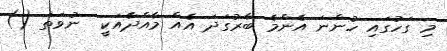
މި ގަހުގައި ހުންނަ އެންމެ ބާރުގަދަ އެއް މާއްދާއަކީ  ނުވަތަ ()